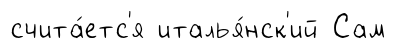
счита́етс'я италья́нск'ий Сам